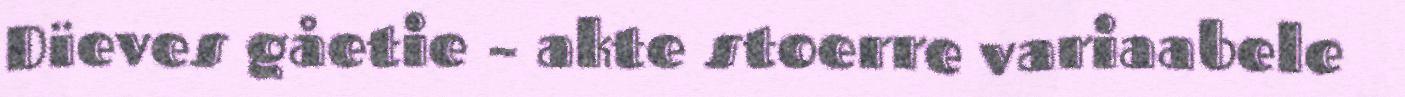
Dïeves gåetie – akte stoerre variaabele